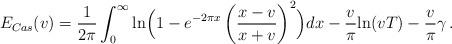
LaTeX: \begin{align*} E_{Cas}(v) = \frac{1}{2\pi} \int_{0}^{\infty} {\rm ln}\Bigl( 1 - e^{-2\pi x}\left( \frac{ x-v}{x+v } \right)^{2} \Bigr) dx - \frac{v}{\pi}{\rm ln}(vT) - \frac{v}{\pi} \gamma \, .\end{align*}